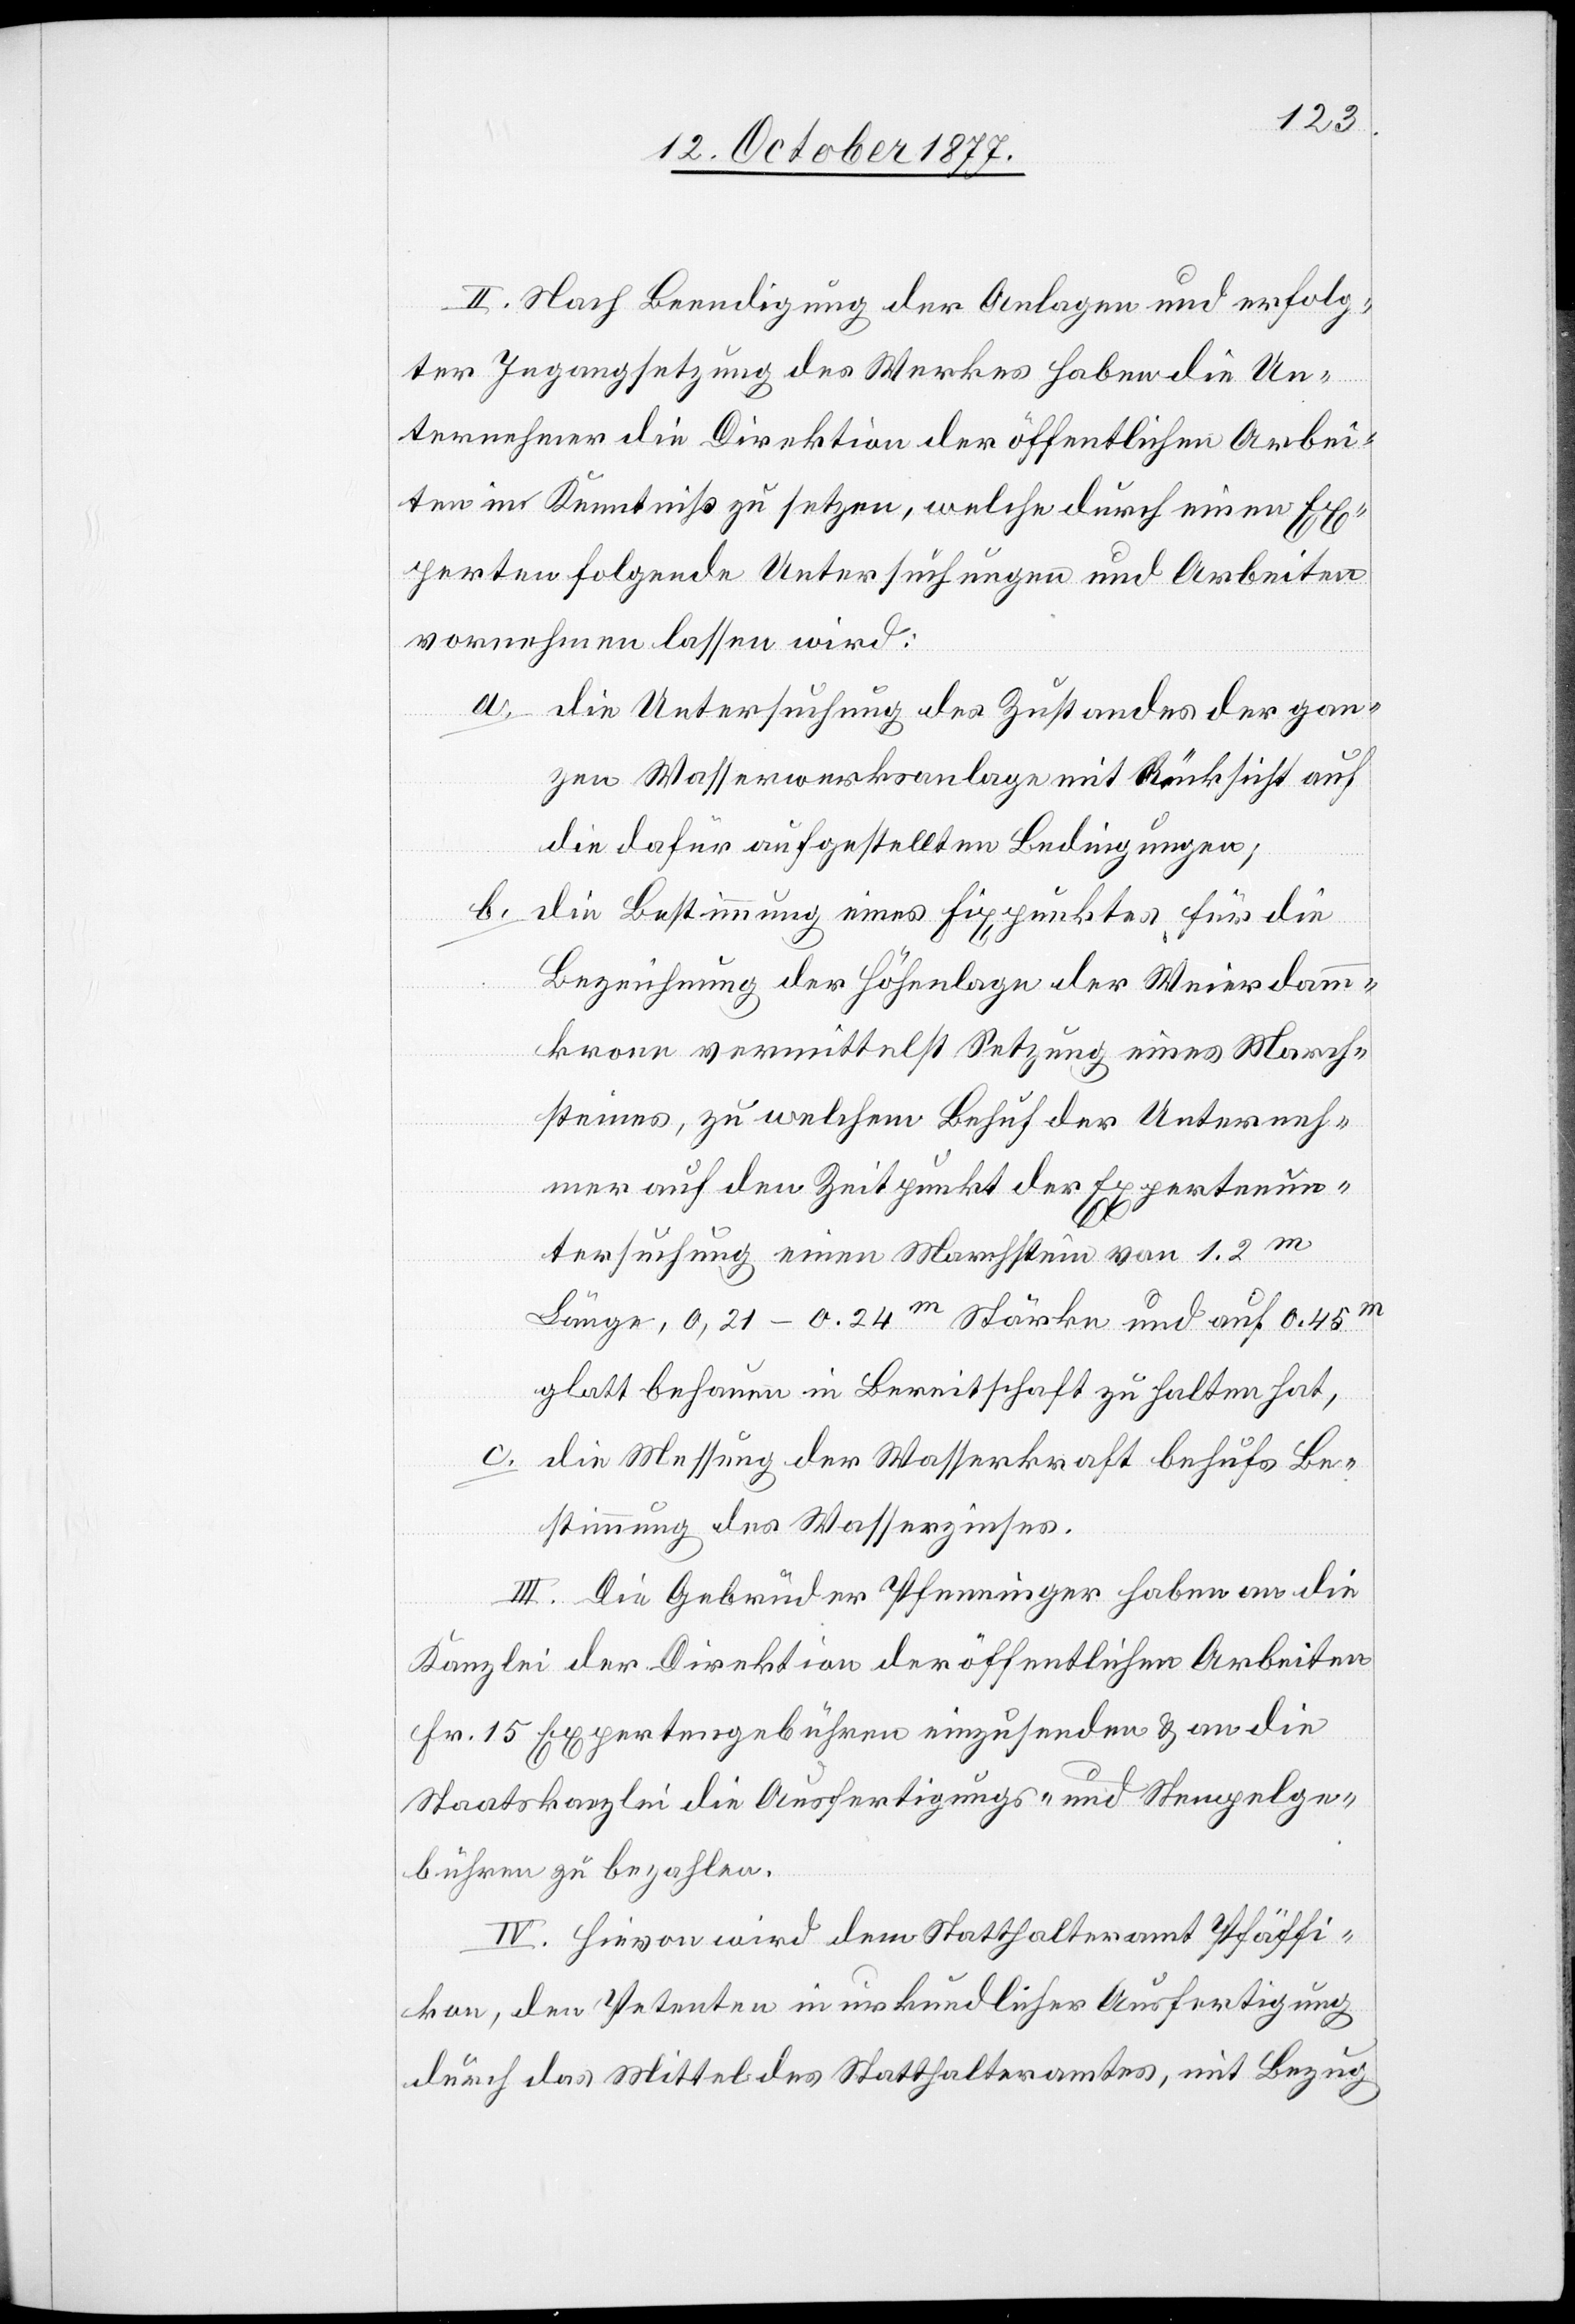
II. Nach Beendigung der Anlagen und erfolg¬
ter Ingangsetzung des Werkes haben die Un¬
ternehmer die Direktion der öffentlichen Arbei¬
ten in Kenntniß zu setzen, welche durch einen Ex¬
perten folgende Untersuchungen und Arbeiten
vornehmen lassen wird:
die Untersuchung des Zustandes der gan¬
zen Wasserwerksanlage mit Rücksicht auf
die dafür aufgestellten Bedingungen;
die Bestimmung eines Fixpunktes für die
Bezeichnung der Höhenlage der Weierdamm¬
krone vermittelst Setzung eines March¬
steines, zu welchem Behuf der Unterneh¬
mer auf den Zeitpunkt der Expertenun¬
tersuchung einen Marchstein von 1.2m
Länge, 0,21–0.24m Stärke und auf 0.45m
glatt behauen in Bereitschaft zu halten hat,
die Messung der Wasserkraft behufs Be¬
stimmung des Wasserzinses.
III. Die Gebrüder Pfenninger haben an die
Kanzlei der Direktion der öffentlichen Arbeiten
Fr. 15 Expertengebühren einzusenden & an die
Staatskanzlei die Ausfertigungs- und Stempelge¬
bühren zu bezahlen.
IV. Hievon wird dem Statthalteramt Pfäffi¬
kon, den Petenten in urkundlicher Ausfertigung
durch das Mittel des Statthalteramtes, mit Bezug